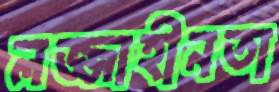
লজ্জাহীনতা